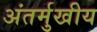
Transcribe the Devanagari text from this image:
अंतर्मुखीय